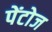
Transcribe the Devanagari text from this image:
पेंटोज